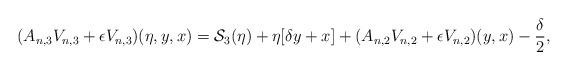
LaTeX: \begin{align*}(A_{n,3} V_{n,3} + \epsilon V_{n,3})(\eta,y,x) = \mathcal{S}_3(\eta) + \eta [\delta y + x] + (A_{n,2} V_{n,2} + \epsilon V_{n,2})(y,x) - \frac{\delta}{2},\end{align*}